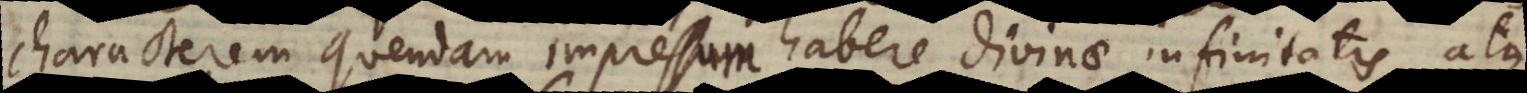
characterem quendam impressum habere divinae infinitatis, atque